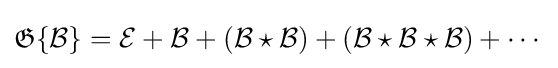
{\mathfrak {G}}\{{\mathcal {B}}\}={\mathcal {E}}+{\mathcal {B}}+({\mathcal {B}}\star {\mathcal {B}})+({\mathcal {B}}\star {\mathcal {B}}\star {\mathcal {B}})+\cdots